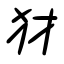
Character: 犲